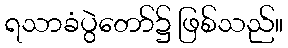
ရသာခံပွဲတော်၌ ဖြစ်သည်။